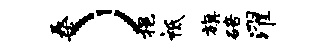
桑）挹祗旗碚濯